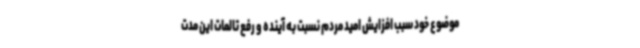
موضوع خود سبب افزایش امید مردم نسبت به آینده و رفع تالمات این مدت